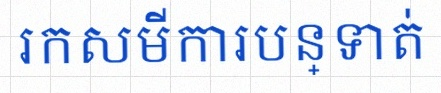
រកសមីការបន្ទាត់